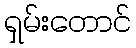
ရှမ်းတောင်